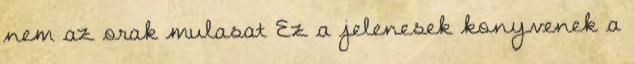
nem az orak mulasat Ez a jelenesek konyvenek a